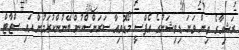
ރަޝިއާގެ ތިން ވަނަ ޑިވިޝަނުގެ އެފްސީ މޯޑޮވިއާ ސަރަންސްކުން ބޭނުންކުރަމުން އައި ސްޓާޓް